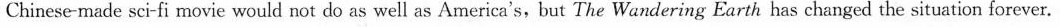
Chinese-made sci-fi movie would not do as well as America's,but The Wandering Earth has changed the situation forever.